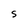
Character: S